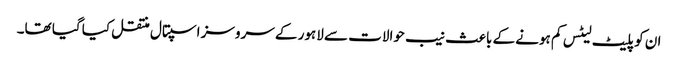
ان کو پلیٹ لیٹس کم ہونے کے باعث نیب حوالات سے لاہور کے سروسز اسپتال منتقل کیا گیا تھا۔